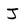
Character: J